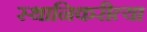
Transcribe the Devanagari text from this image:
स्थानिकरीत्या